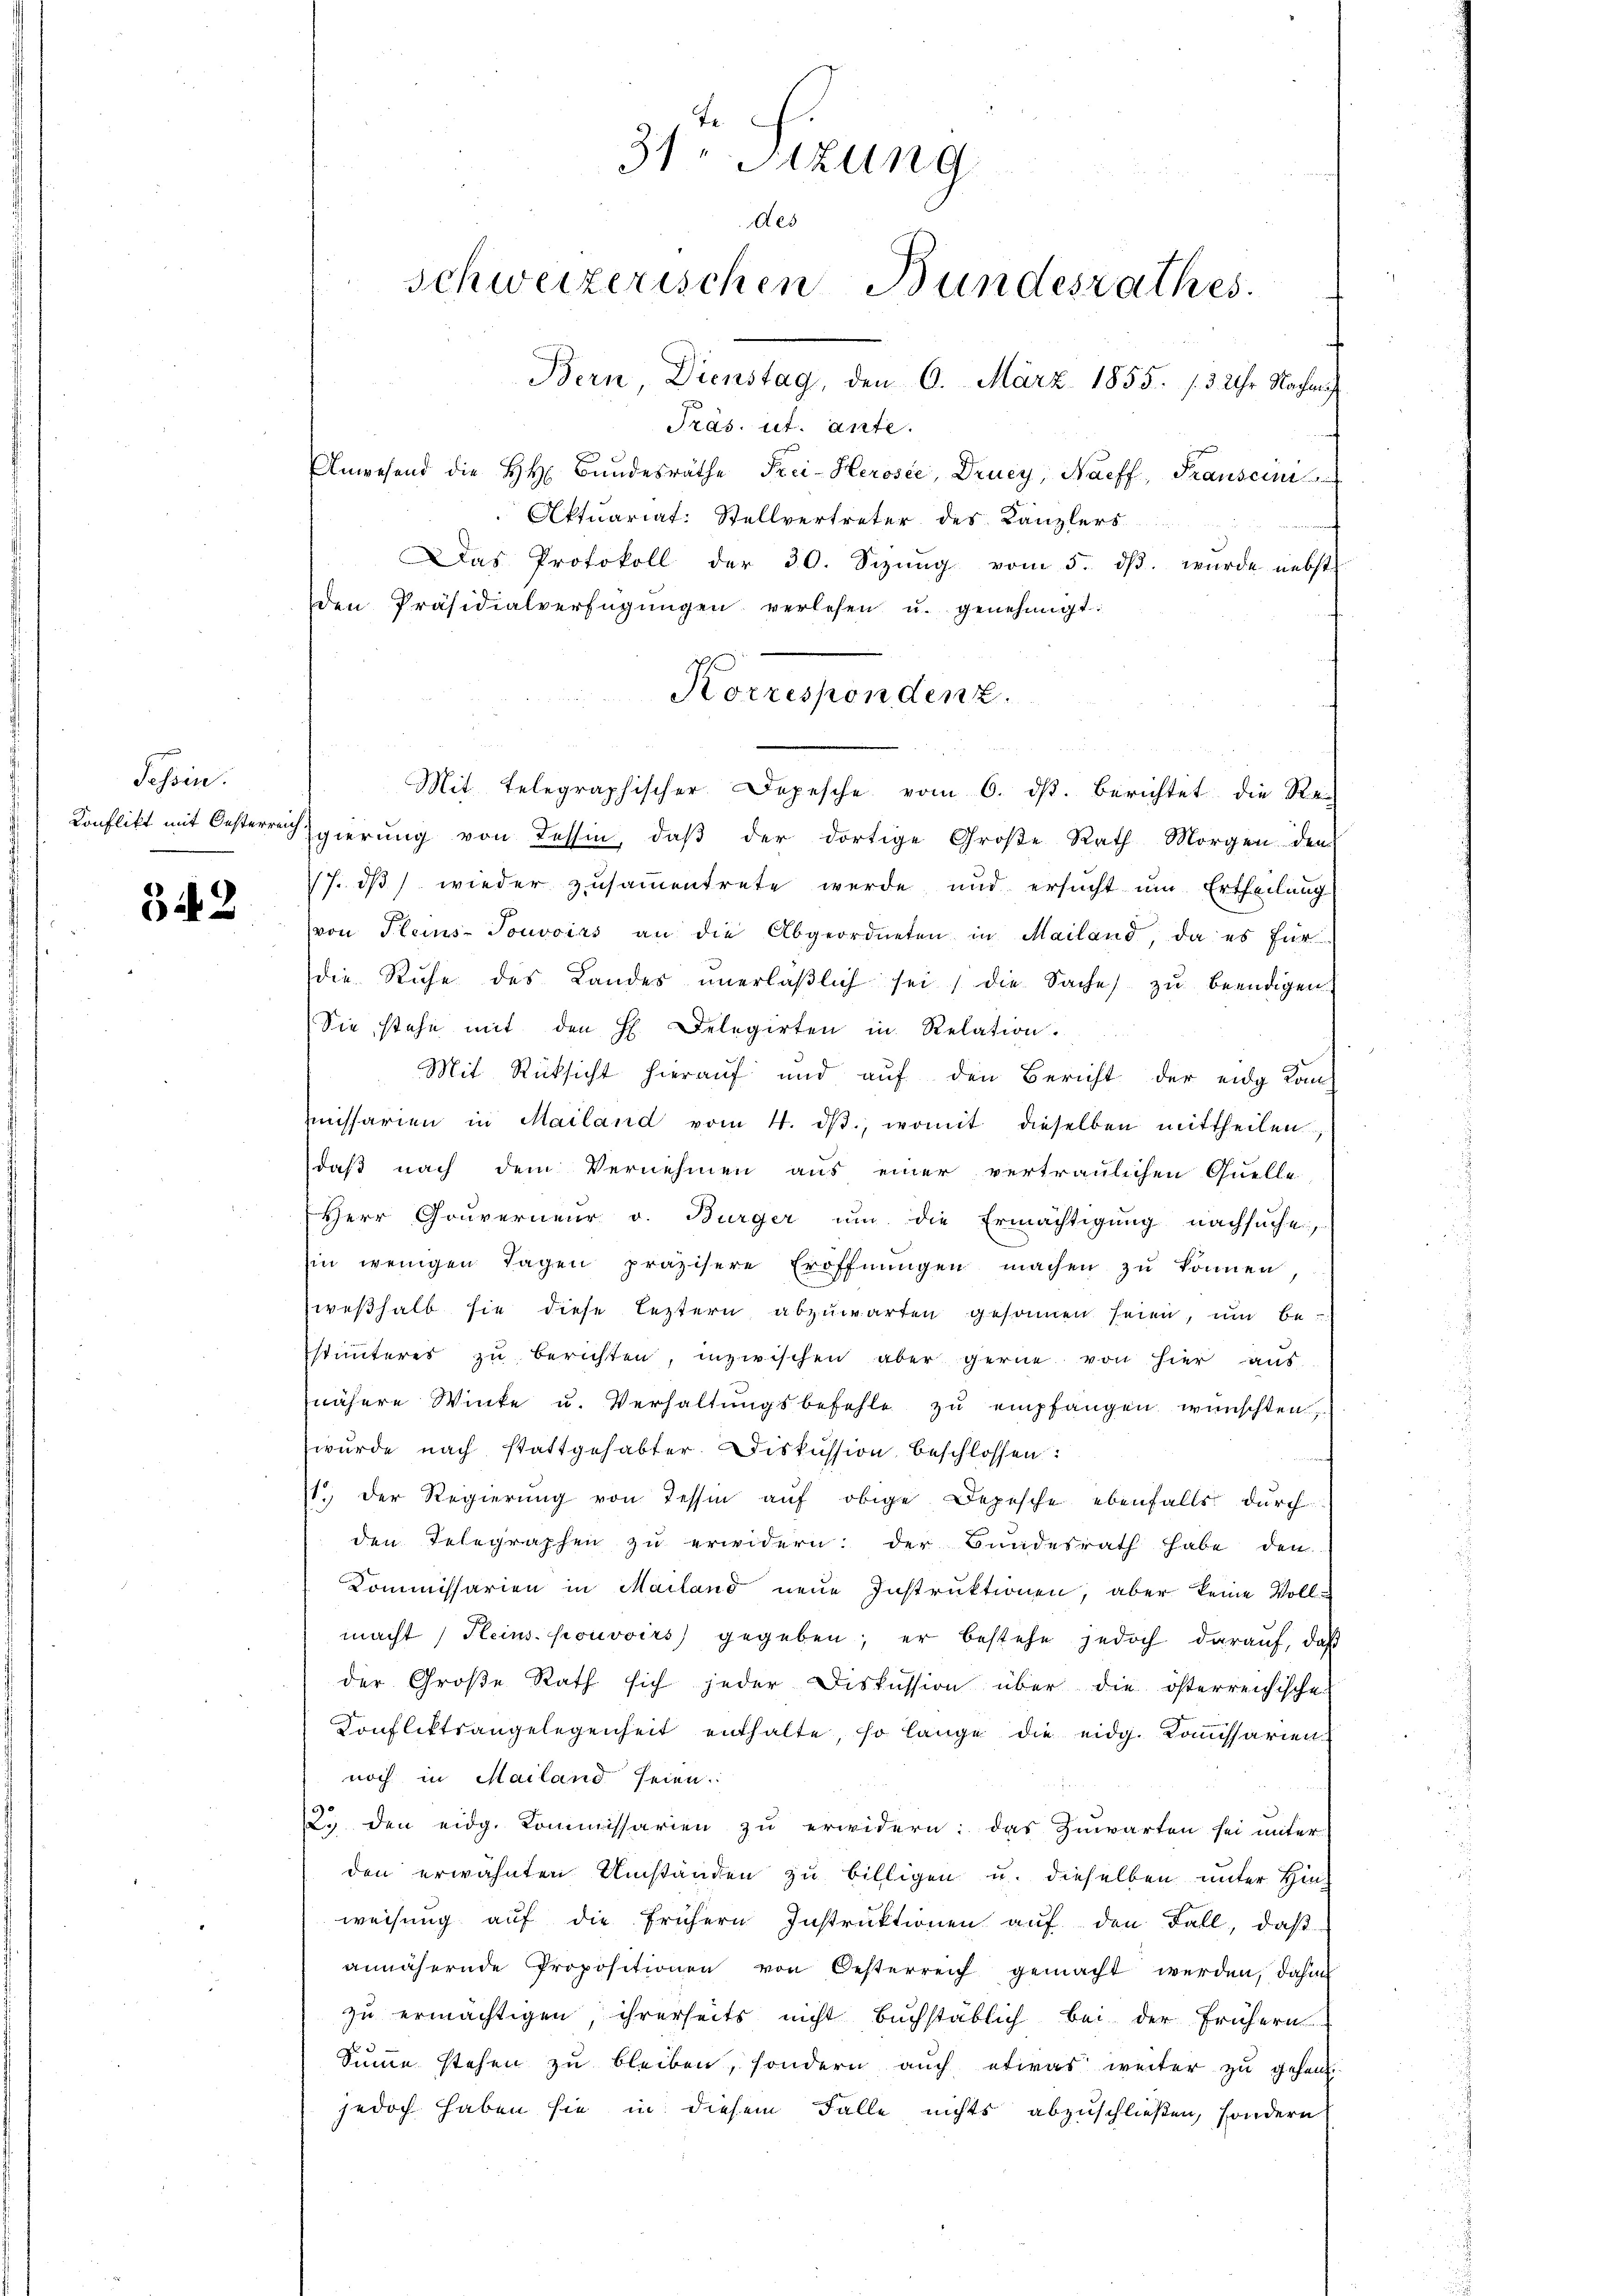
Tessin.
Konflikt mit Oesterreich,

342

31 Sizung
des
schweizerischen Bundesrathes.

Korrespondenz.

Bern, Dienstag, den 6. März 1855. 15 Uhr Nacha
Präs. ut. ante.
Anwesend die H. H. Bundesräthe Frei-Herosée, Drucy, Naeff, Frausein
Aktuariat. Stellvertreter des Kanzlers
Das Protokoll der 30. Sizŭng vom 5. dβ. wurde nebst
den Präsidialverfügungen verlesen u. genehmigt.
Mit Telegraphischer Depesche vom 6. ds. berichtet die Re-
gierung von Tessin, daß der dortige Große Rath Morgen den
17. ds. wieder zusammentrete werde und ersucht um Ertheilung
von Plains-Touvoirs an die Abgeordneten in Mailand, da es für
die Ruhe des Landes ŭnerlaβlich sei, die Sache zŭ beendigen
Sie stehe mit den H. Delegirten in Relation.
Mit Rücksicht hierauf und auf den Bericht der eidg Kon-
missarien in Mailand vom 4. ds., womit dieselben mittheilen
daß nach dem Vernehmen aus einer vertraulichen Quelle
Herr Gouverneur v. Bürger um die Ermächtigung nachsuche,
in wenigen Tagen präzisere Eröffnungen machen zu können,
weßhalb sie diese leztern abzuwarten gesonnen seien, um bestimmteres zu berichten, inzwischen aber gerne von hier aus
nähere Winke u. Verhaltŭngsbefehle zŭ empfangen wünschten,
wurde nach stattgehabter Diskussion beschlossen:
1.) Der Regierung von Tessin aŭf obige Depische ebenfalls durch
den Telegraphen zu erwidern: der Bundesrath habe den
Kommissarien in Mailand neue Instruktionen, aber keine Vollmacht Heins pouvoirs gegeben; er bestehe jedoch darauf, daß
der Große Rath sich jeder Diskussion über die österreichische
Konfliktsangelegenheit enthalte, so lange die eidg. Komissarien
noch in Mailand seien.
2. den eidg. Kommissarien zu erwidern: das Zuwarten sei unter
den erwähnten Umständen zu billigen u. dieselben unter Hinweisung auf die frühern Instruktionen auf den Fall, daß
annähernde Propositionen von Oesterreich gemacht werden, dahin
zu ermächtigen ihrerseits nicht buchstäblich bei der frühern
Summe stehen zu bleiben, sondern auch etwas weiter zu gehen.
jedoch haben sie in diesem Falle nichts abzuschließen, sondern